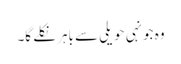
وہ جونہی حویلی سے باہر نکلے گا۔